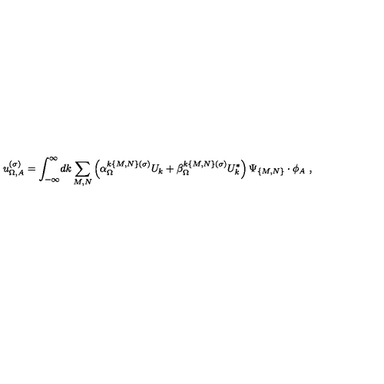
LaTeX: u _ { \Omega , A } ^ { ( \sigma ) } = \int _ { - \infty } ^ { \infty } \! d k \sum _ { M , N } \left( \alpha _ { \Omega } ^ { k \{ M , N \} ( \sigma ) } U _ { k } + \beta _ { \Omega } ^ { k \{ M , N \} ( \sigma ) } U _ { k } ^ { * } \right) \Psi _ { \{ M , N \} } \cdot \phi _ { A } \ ,